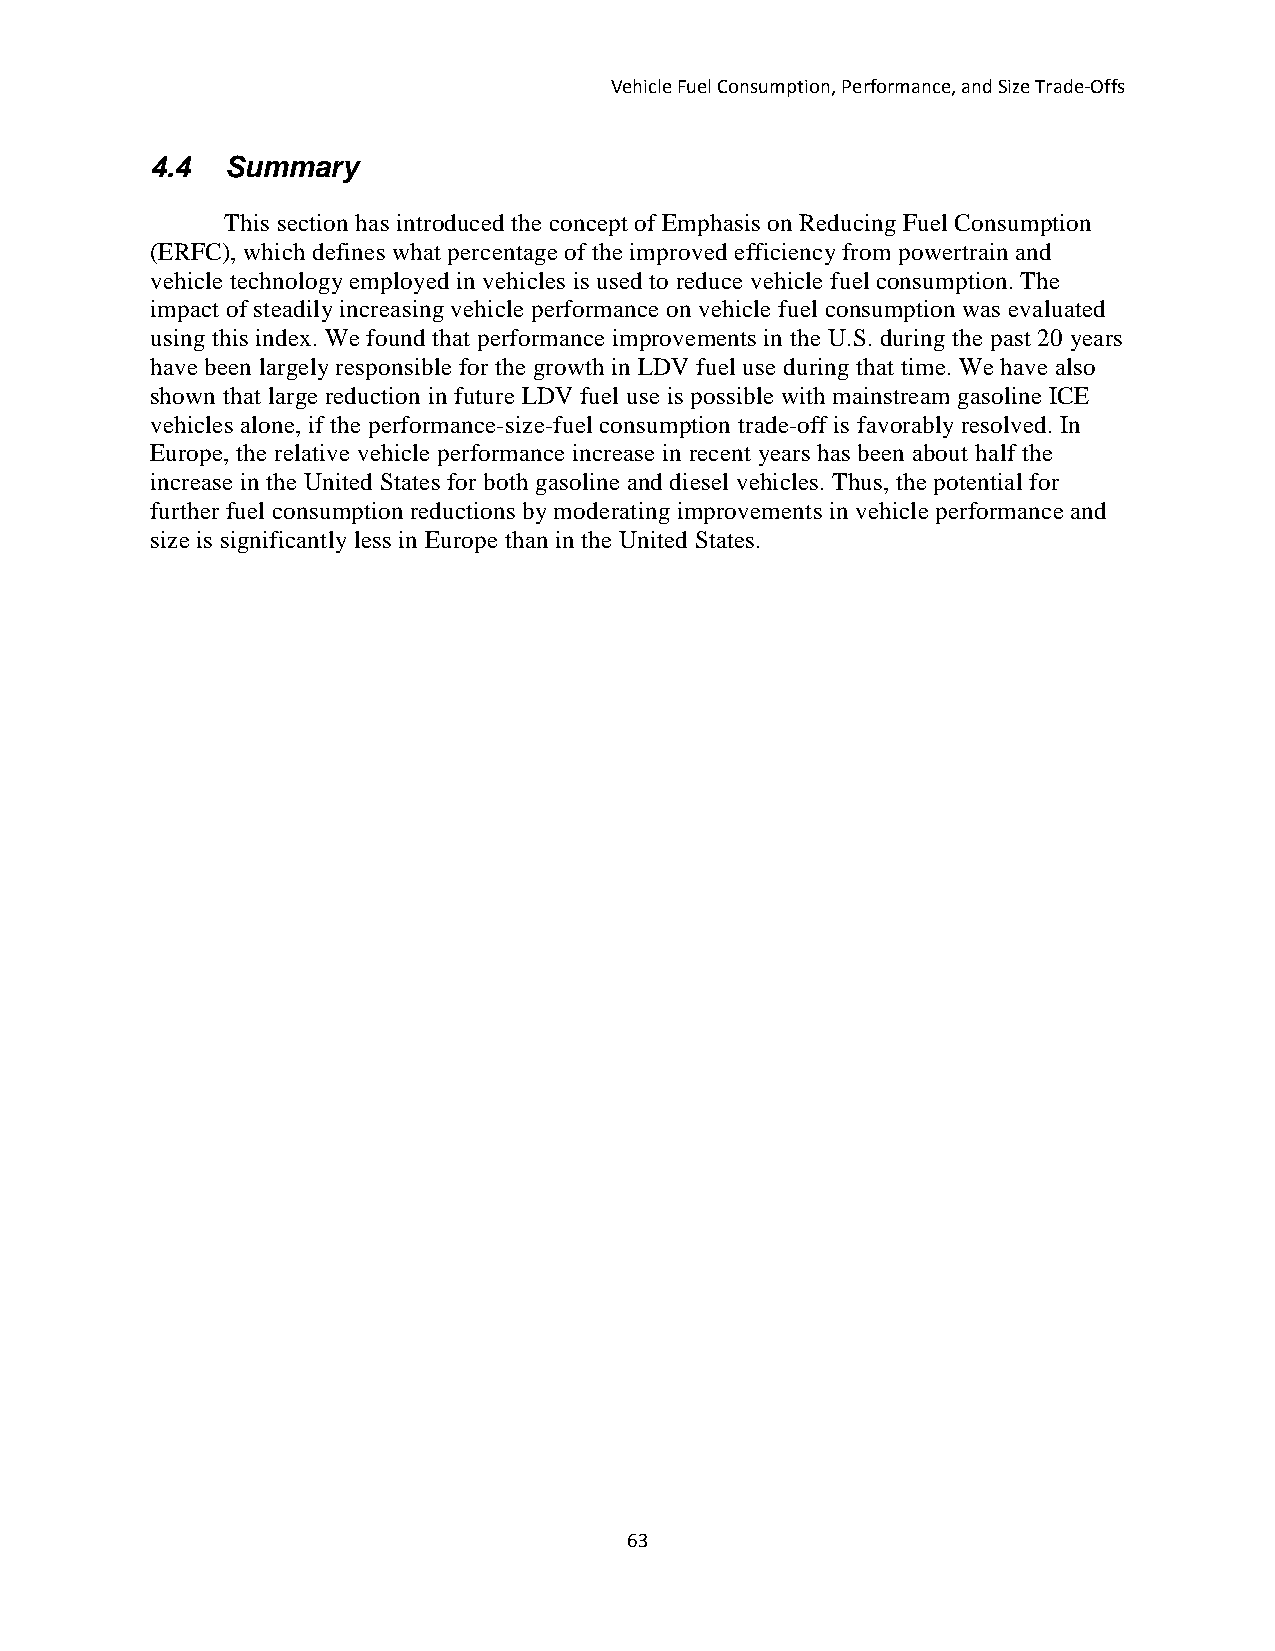
Vehicle Fuel Consumption, Performance, and Size Trade-Offs
 4.4  Summary
 This section has introduced the concept of Emphasis on Reducing Fuel Consumption
 (ERFC), which defines what percentage of the improved efficiency from powertrain and
 vehicle technology employed in vehicles is used to reduce vehicle fuel consumption. The
 impact of steadily increasing vehicle performance on vehicle fuel consumption was evaluated
 using this index. We found that performance improvements in the U.S. during the past 20 years
 have been largely responsible for the growth in LDV fuel use during that time. We have also
 shown that large reduction in future LDV fuel use is possible with mainstream gasoline ICE
 vehicles alone, if the performance-size-fuel consumption trade-off is favorably resolved. In
 Europe, the relative vehicle performance increase in recent years has been about half the
 increase in the United States for both gasoline and diesel vehicles. Thus, the potential for
 further fuel consumption reductions by moderating improvements in vehicle performance and
 size is significantly less in Europe than in the United States.
 63